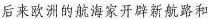
后来欧洲的航海家开辟新航路和